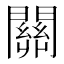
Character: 關